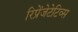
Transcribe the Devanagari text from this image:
रिप्रेंजेटेटिव्स